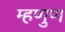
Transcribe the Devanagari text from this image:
म्हणुण